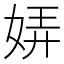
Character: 㛞